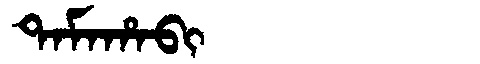
Manchu: ᡨᠠᠮᠠᡥᠠᠪᡳ
Romanization: TAMAHABI